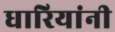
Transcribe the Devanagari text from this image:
धारियांनी